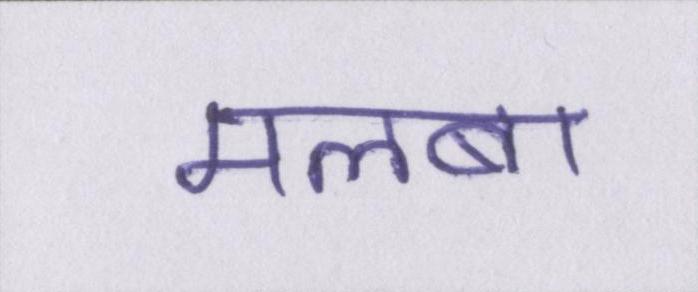
मलबा